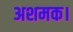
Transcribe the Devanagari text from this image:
अशमक।